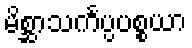
မိစ္ဆာသင်္ကပ္ပပစ္စယာ